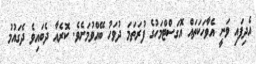
އެދިފައި ވަނީ އެވާހަކަތައް އޮގަސްޓްމަހުގެ ފުރަތަމަ ދުވަހު ބޭއްވުމަށެވެ. ކޮރެއާ ދެބައިވެ ދެގައުމު